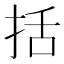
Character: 括